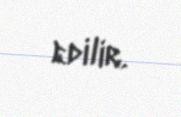
edilir.